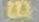
B